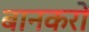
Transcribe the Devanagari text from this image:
बानकरों